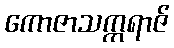
ကောဇာသက္ကရာဇ်